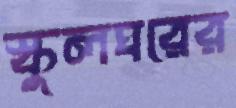
স্কুলঘরের